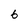
Character: 6